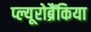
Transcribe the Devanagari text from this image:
प्ल्यूरोब्रैंकिया